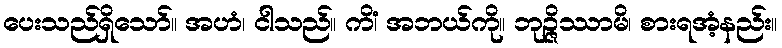
ပေးသည်ရှိသော်။ အဟံ၊ ငါသည်။ ကိံ၊ အဘယ်ကို။ ဘုဉ္ဇိဿာမိ၊ စားရအံ့နည်း။